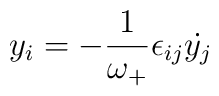
y_i = - \frac{1}{\omega _+}\epsilon_{ij}{\dot{y_j}}